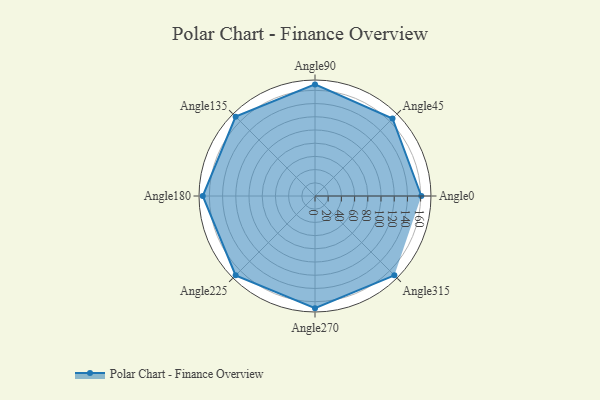
{"axis": {"x": "Angle", "y": "Radius"}, "legend": [""], "data": [{"x": "Angle0", "y": 161.0, "type": ""}, {"x": "Angle45", "y": 166.0, "type": ""}, {"x": "Angle90", "y": 169.0, "type": ""}, {"x": "Angle135", "y": 170, "type": ""}, {"x": "Angle180", "y": 170, "type": ""}, {"x": "Angle225", "y": 170, "type": ""}, {"x": "Angle270", "y": 170, "type": ""}, {"x": "Angle315", "y": 170, "type": ""}]}